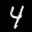
Label: 4